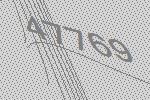
47769